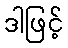
ဒါဖြင့်